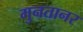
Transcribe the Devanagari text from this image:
मुनतानर